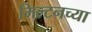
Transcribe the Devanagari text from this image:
मिल्टनच्या